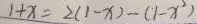
1 + x = 2 ( 1 - x ) - ( 1 - x ^ { 2 } )